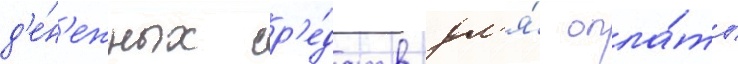
д'е́н'ежных ср'е́дств дл'я́ опла́ты